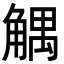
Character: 䚤